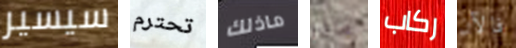
سيسير تحترم ماذلك ماذا ركاب فالآن